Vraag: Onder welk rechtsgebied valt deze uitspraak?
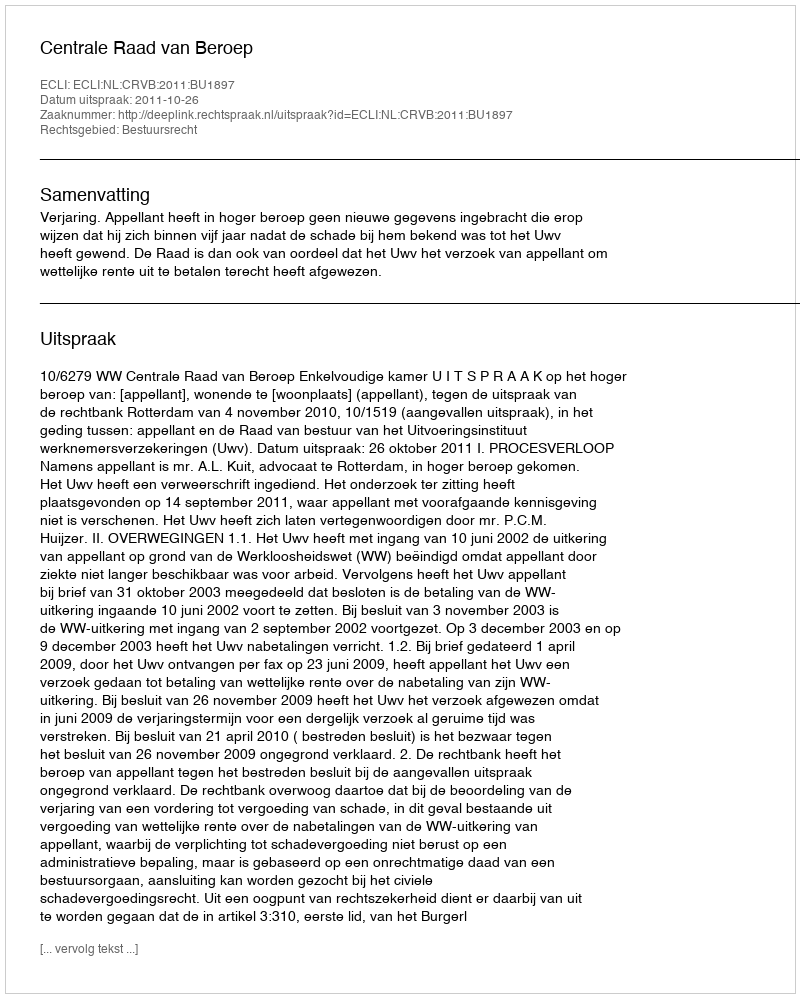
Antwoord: Bestuursrecht